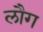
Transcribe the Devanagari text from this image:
लौग